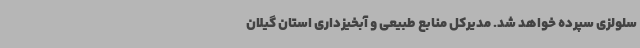
سلولزی سپرده خواهد شد. مدیرکل منابع طبیعی و آبخیزداری استان گیلان